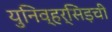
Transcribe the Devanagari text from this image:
युनिव्हर्सिड़ची